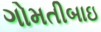
ગોમતીબાઇ